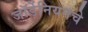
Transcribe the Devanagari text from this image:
जॉर्डेनियनचे